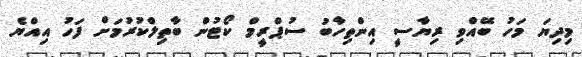
މިދިޔަ މަހު ބޭއްވި ރިޔާސީ އިންތިހާބު ސުޕްރީމް ކޯޓުން ބާތިލްކުރުމަށް ފަހު އިއްޔެ